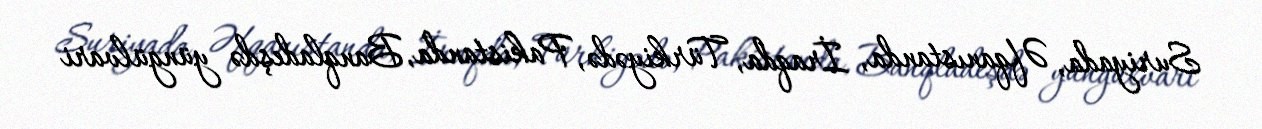
Suriyada, Əfqanıstanda, İraqda, Türkiyədə, Pakistanda, Banqladeşdə yüngülvari